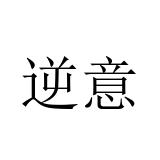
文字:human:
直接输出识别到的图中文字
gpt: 逆意